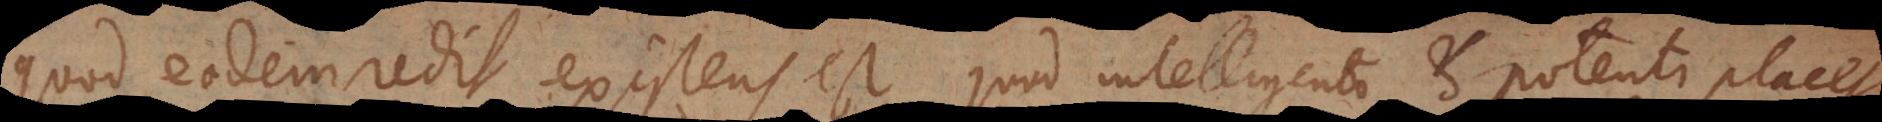
quod eodem redit, existens est quod intelligenti et potenti placet,